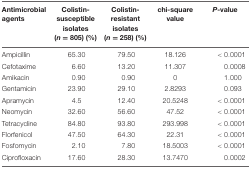
| Antimicrobial agents | Colistin-susceptible isolates (n = 805) (%) | Colistin-resistant isolates (n = 258) (%) | chi-square value | P-value |
 | --- | --- | --- | --- | --- |
 | Ampicillin | 65.30 | 79.50 | 18.126 | < 0.0001 |
 | Cefotaxime | 6.60 | 13.20 | 11.307 | 0.0008 |
 | Amikacin | 0.90 | 0.90 | 0 | 1.000 |
 | Gentamicin | 23.90 | 29.10 | 2.8293 | 0.093 |
 | Apramycin | 4.5 | 12.40 | 20.5248 | < 0.0001 |
 | Neomycin | 32.60 | 56.60 | 47.52 | < 0.0001 |
 | Tetracycline | 84.80 | 93.80 | 293.998 | < 0.0001 |
 | Florfenicol | 47.50 | 64.30 | 22.31 | < 0.0001 |
 | Fosfomycin | 2.10 | 7.80 | 18.5003 | < 0.0001 |
 | Ciprofloxacin | 17.60 | 28.30 | 13.7470 | 0.0002 |